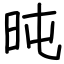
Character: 旽